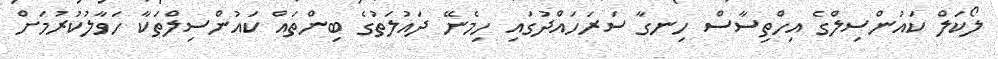
ލޯކަލް ކައުންސިލްގެ އިހްތިސާސް ހިނގާ ސަރަހައްދުގައި ހިމެނޭ ދައުލަތުގެ ބިންތައް ކައުންސިލްތަކާ ހަވާލުކުރުމަށް